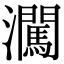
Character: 㶒